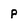
Character: P